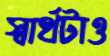
স্বার্থটাও